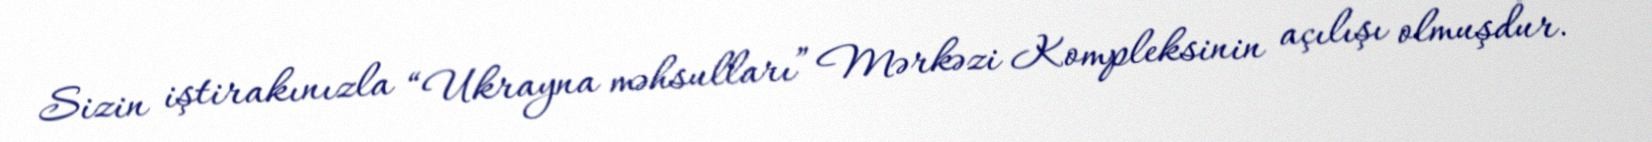
Sizin iştirakınızla “Ukrayna məhsulları” Mərkəzi Kompleksinin açılışı olmuşdur.